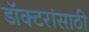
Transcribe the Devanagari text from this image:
डॉक्टरांसाठी